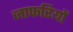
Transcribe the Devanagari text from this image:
जाफरियों